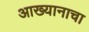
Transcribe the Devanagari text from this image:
आख्यानाचा